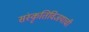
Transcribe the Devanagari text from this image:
संस्कृतिविजयाची